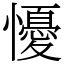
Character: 懮